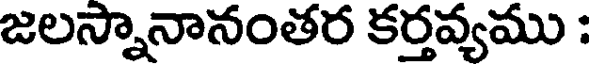
జలస్నానానంతర కర్తవ్యము :